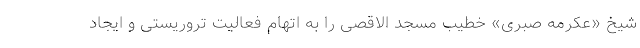
شیخ «عکرمه صبری» خطیب مسجد الاقصی را به اتهام فعالیت تروریستی و ایجاد